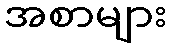
အစာများ